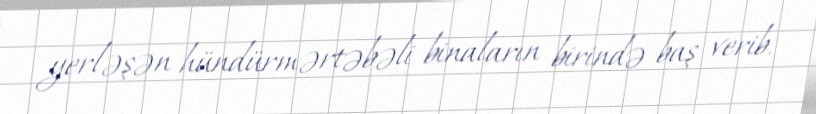
yerləşən hündürmərtəbəli binaların birində baş verib.